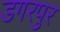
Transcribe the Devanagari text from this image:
डगरपुर